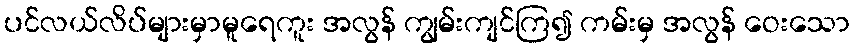
ပင်လယ်လိပ်များမှာမူရေကူး အလွန် ကျွမ်းကျင်ကြ၍ ကမ်းမှ အလွန် ဝေးသော